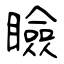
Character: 瞼